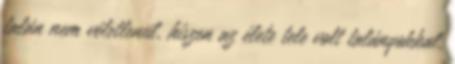
talán nem véletlenül, hiszen az élete tele volt ta­lányokkal.